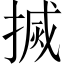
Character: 搣